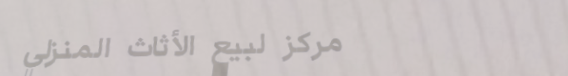
مركز لبيع الأثاث المنزلي